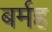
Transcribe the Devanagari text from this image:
बर्मह